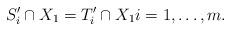
LaTeX: \begin{align*}S'_i\cap X_1 = T'_i\cap X_1i=1,\ldots, m.\end{align*}